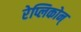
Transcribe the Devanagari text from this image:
रेप्लिकोन्